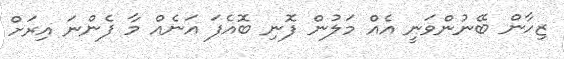
ޒިހާން ބޭނުންވަނީ އެއް މަލުން ފޮނި ބޮއެފަ އަނެއް މާ ފެންނަ އިރަށް